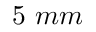
5 ~ m m